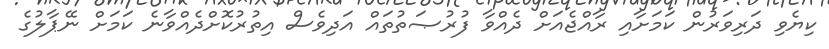
ކިޔެވި ދަރިވަރުން ކަމަށާއި ރާއްޖެއަށް ދެއްވާ ފުރުޞަތުތައް އަދިވެސް އިތުރުކޮށްދެއްވާނެ ކަމަށް ނޭޕާލުގެ